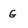
Character: g